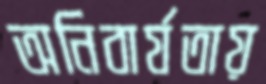
অনিবার্যতায়